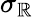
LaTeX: \sigma_{\mathbb{R}}